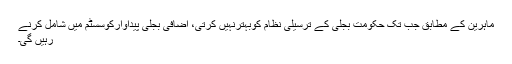
ماہرین کے مطابق جب تک حکومت بجلی کے ترسیلی نظام کوبہترنہیں کرتی، اضافی بجلی پیداوارکوسسٹم میں شامل کرنے
رہیں گی۔